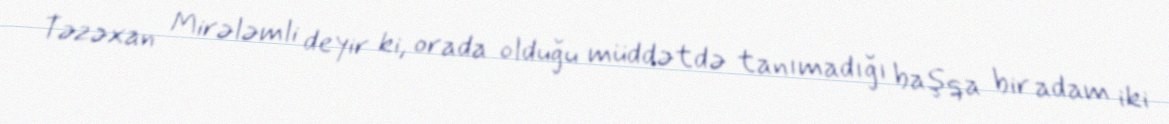
Təzəxan Mirələmli deyir ki, orada olduğu müddətdə tanımadığı başqa bir adam iki